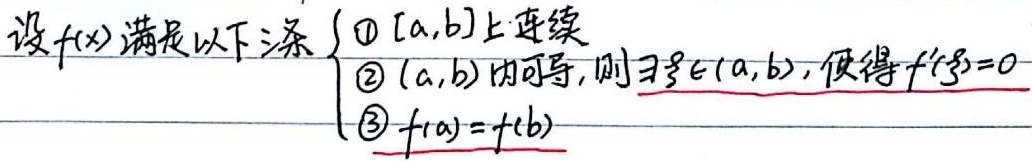
设\(f(x)\)满足以下条件：
\(\begin{cases}
\text{\textcircled{1} 在\([a,b]\)上连续}\\
\text{\textcircled{2} 在\((a,b)\)内可导，则\(\exists\xi\in(a,b)\)，使得\(f'(\xi)=0\)}\\
\text{\textcircled{3} \(f(a)=f(b)\) }
\end{cases}\)